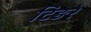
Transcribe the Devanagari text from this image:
टिङरे